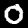
Label: 0